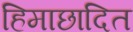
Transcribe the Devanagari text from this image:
हिमाछादित